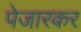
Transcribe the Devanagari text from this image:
पेजारकर